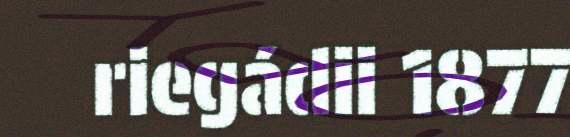
riegádii 1877